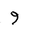
Letter: _waw